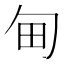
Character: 甸